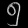
Digit: ၅